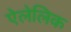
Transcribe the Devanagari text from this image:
ऐलेलिक